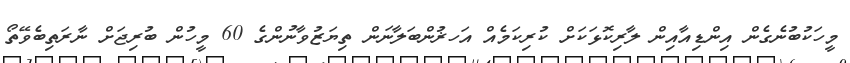
މީހަކުބުނެގެން އިންޑިއާއިން ލާރިކޮޅަކަށް ކުރިކަމެއް އަހޜުންބަލާނަން ތިޔަޒުވާނުންގެ 60 މީހުން ބުރިޖަށް ނާރަތިބެވޭތޯ